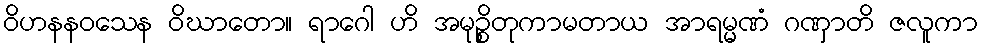
ဝိဟနနဝသေန ဝိဃာတော။ ရာဂေါ ဟိ အမုဉ္စိတုကာမတာယ အာရမ္မဏံ ဂဏှာတိ ဇလူကာ